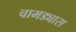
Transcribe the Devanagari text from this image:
चामड्यास